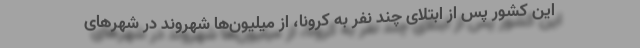
این کشور پس از ابتلای چند نفر به کرونا، از میلیون‌ها شهروند در شهرهای